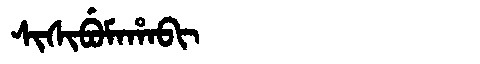
Manchu: ᠰᡳᠰᡳᠪᡠᠮᠠᡥᠠᠪᡳ
Romanization: SISIBUMAHABI